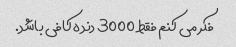
فکر می کنم فقط 3000 دنده کافی باشد.